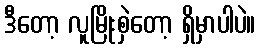
ဒီတော့ လူမြိုးစှဲတော့ ရှိမှာပါပဲ။